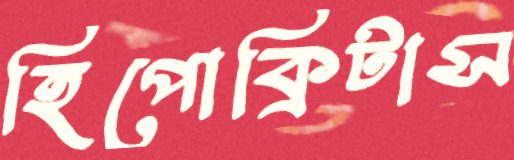
হিপোক্রিটাস